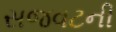
સજવટની